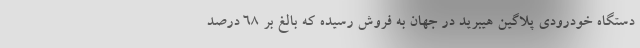
دستگاه خودرودی پلاگین هیبرید در جهان به فروش رسیده که بالغ بر 68 درصد